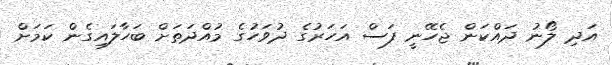
އަދި ލޯނު ދައްކަން ޖެހޭނީ ފަސް އަހަރުގެ ދުވަހުގެ މުއްދަތަށް ބަހާލައިގެން ކަމަށް